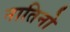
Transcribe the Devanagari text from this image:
नातिनो